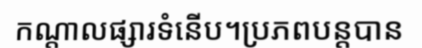
កណ្តាលផ្សារទំនើប។ប្រភពបន្តបាន